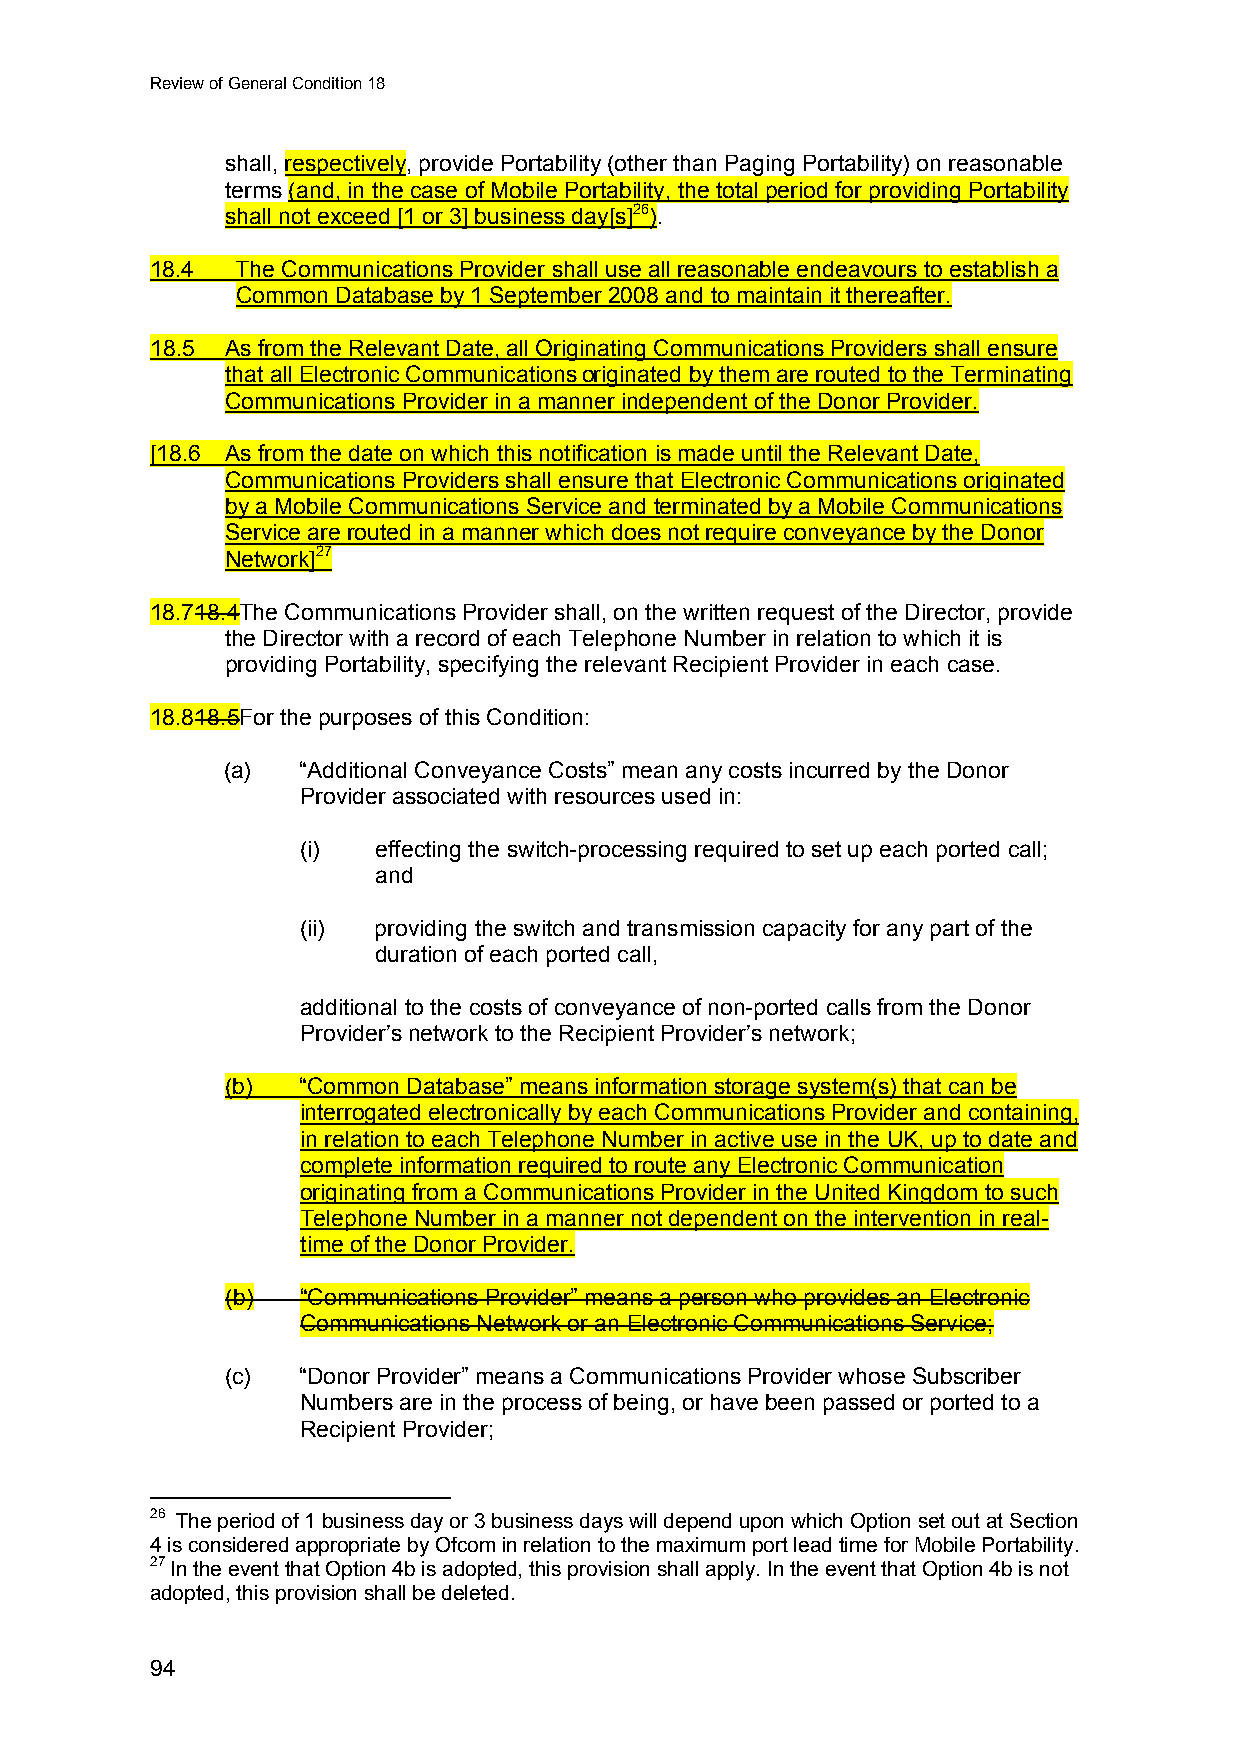
Review of General Condition 18
 shall, respectively, provide Portability (other than Paging Portability) on reasonable
 terms (and, in the case of Mobile Portability, the total period for providing Portability
 shall not exceed [1 or 3] business day[s]26).
 18.4  The Communications Provider shall use all reasonable endeavours to establish a
 Common Database by 1 September 2008 and to maintain it thereafter.
 18.5 As from the Relevant Date, all Originating Communications Providers shall ensure
 that all Electronic Communications originated by them are routed to the Terminating
 Communications Provider in a manner independent of the Donor Provider.
 [18.6 As from the date on which this notification is made until the Relevant Date,
 Communications Providers shall ensure that Electronic Communications originated
 by a Mobile Communications Service and terminated by a Mobile Communications
 Service are routed in a manner which does not require conveyance by the Donor
 Network]27
 18.718.4The Communications Provider shall, on the written request of the Director, provide
 the Director with a record of each Telephone Number in relation to which it is
 providing Portability, specifying the relevant Recipient Provider in each case.
 18.818.5For the purposes of this Condition:
 (a)  “Additional Conveyance Costs” mean any costs incurred by the Donor
 Provider associated with resources used in:
 (i)  effecting the switch-processing required to set up each ported call;
 and
 (ii) providing the switch and transmission capacity for any part of the
 duration of each ported call,
 additional to the costs of conveyance of non-ported calls from the Donor
 Provider’s network to the Recipient Provider’s network;
 (b)  “Common Database” means information storage system(s) that can be
 interrogated electronically by each Communications Provider and containing,
 in relation to each Telephone Number in active use in the UK, up to date and
 complete information required to route any Electronic Communication
 originating from a Communications Provider in the United Kingdom to such
 Telephone Number in a manner not dependent on the intervention in real-
 time of the Donor Provider.
 (b)  “Communications Provider” means a person who provides an Electronic
 Communications Network or an Electronic Communications Service;
 (c)  “Donor Provider” means a Communications Provider whose Subscriber
 Numbers are in the process of being, or have been passed or ported to a
 Recipient Provider;
 26 The period of 1 business day or 3 business days will depend upon which Option set out at Section
 4 is considered appropriate by Ofcom in relation to the maximum port lead time for Mobile Portability.
 27 In the event that Option 4b is adopted, this provision shall apply. In the event that Option 4b is not
 adopted, this provision shall be deleted.
 94